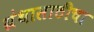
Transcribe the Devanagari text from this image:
ग्रंथासाठीचा